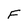
Character: F